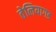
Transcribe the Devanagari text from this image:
तेलियागड